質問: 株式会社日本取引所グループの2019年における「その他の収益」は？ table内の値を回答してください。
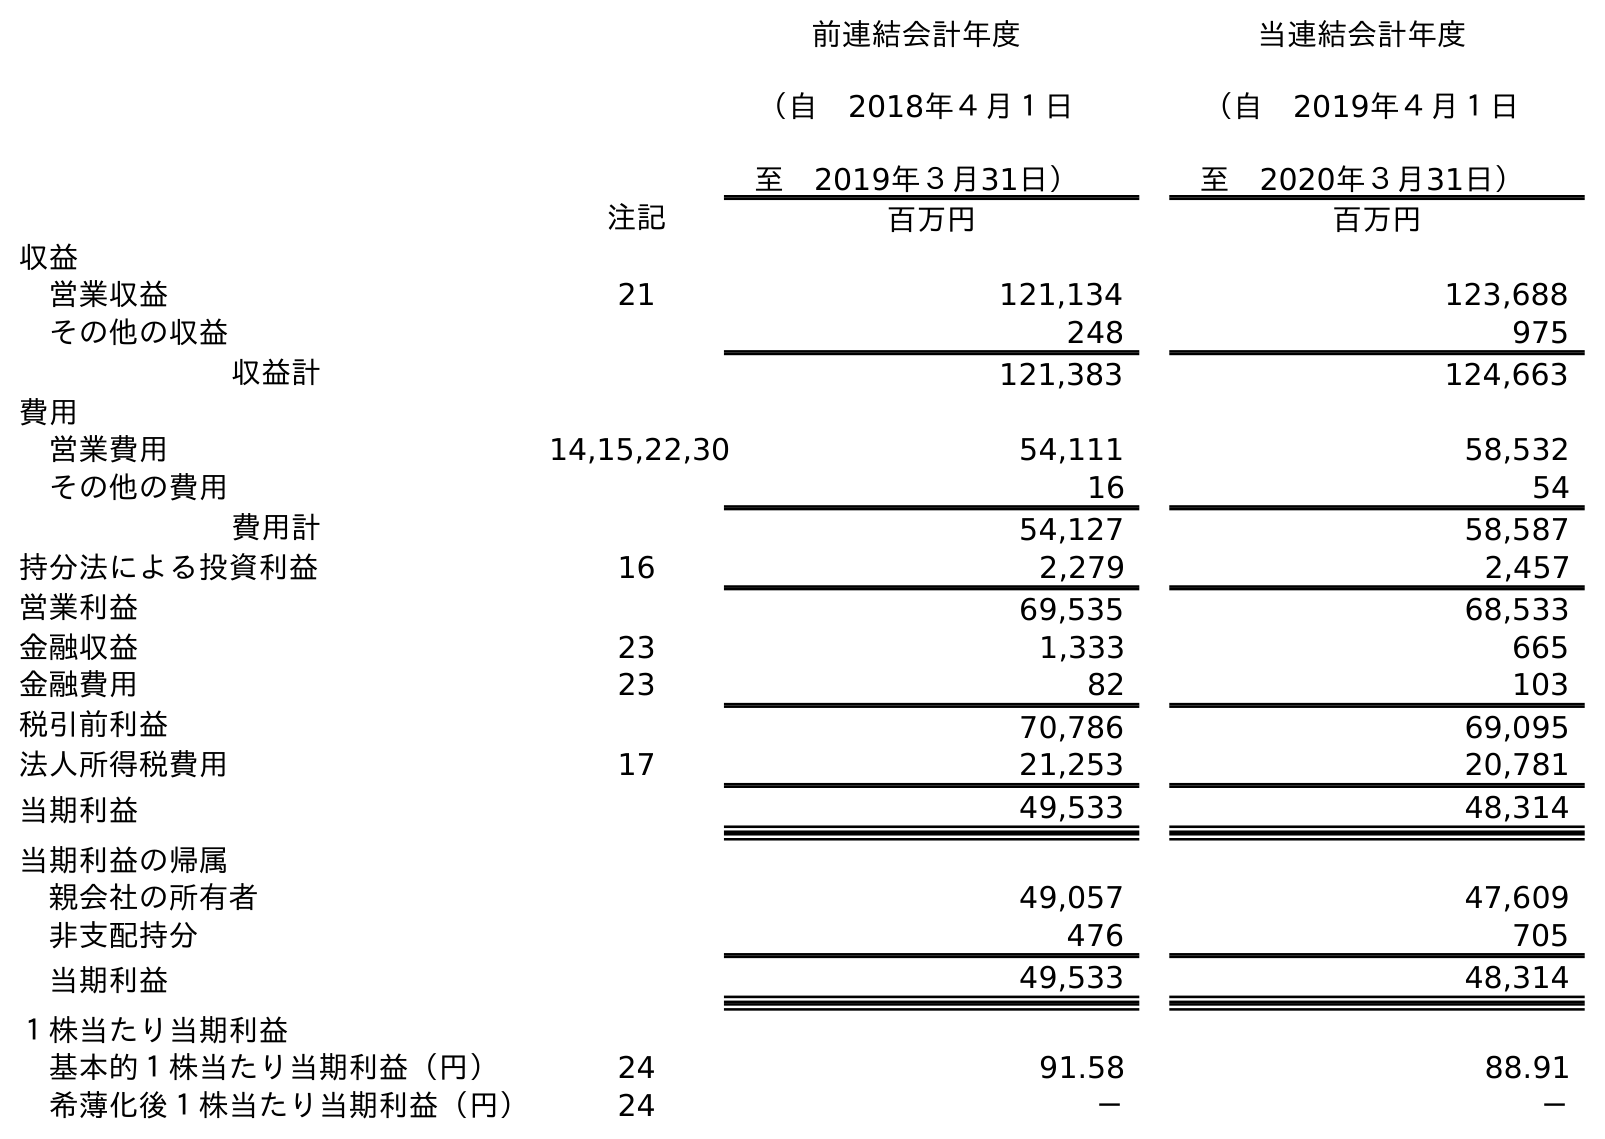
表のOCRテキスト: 前連結会計年度 （自 2018年４月１日 至 2019年３月31日） 当連結会計年度 （自 2019年４月１日 至 2020年３月31日） 注記 百万円 百万円 収益 営業収益 21 121,134 123,688 その他の収益 248 975 収益計 121,383 124,663 費用 営業費用 14,15,22,30 54,111 58,532 その他の費用 16 54 費用計 54,127 58,587 持分法による投資利益 16 2,279 2,457 営業利益 69,535 68,533 金融収益 23 1,333 665 金融費用 23 82 103 税引前利益 70,786 69,095 法人所得税費用 17 21,253 20,781 当期利益 49,533 48,314 当期利益の帰属 親会社の所有者 49,057 47,609 非支配持分 476 705 当期利益 49,533 48,314 １株当たり当期利益 基本的１株当たり当期利益（円） 24 91.58 88.91 希薄化後１株当たり当期利益（円） 24 － －
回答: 248